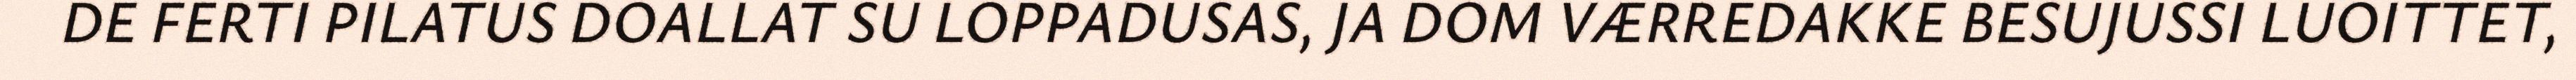
DE FERTI PILATUS DOALLAT SU LOPPADUSAS, JA DOM VÆRREDAKKE BESUJUSSI LUOITTET,